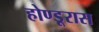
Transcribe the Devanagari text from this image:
होण्डूरास